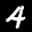
Label: 4